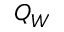
Q _ { W }